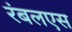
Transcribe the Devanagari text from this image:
रंबलएस